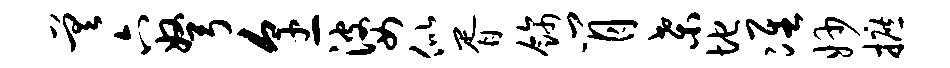
差六弩烹婆似胥饰肖桑地准妙摭